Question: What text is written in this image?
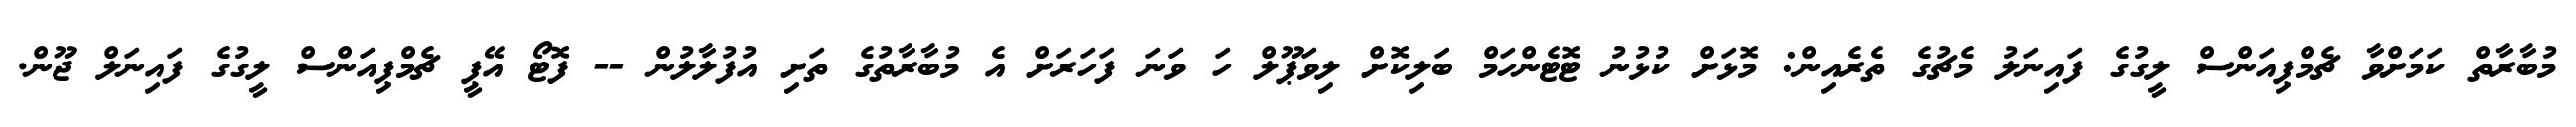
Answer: މުބާރާތް ކަމަށްވާ ޗެމްޕިއަންސް ލީގުގެ ފައިނަލު މެޗުގެ ތެރެއިން: މޮޅަށް ކުޅުނު ޓޮޓެންހަމް ބަލިކޮށް ލިވަޕޫލް ހަ ވަނަ ފަހަރަށް އެ މުބާރާތުގެ ތަށި އުފުލާލުން -- ފޮޓޯ އޭޕީ ޗެމްޕިއަންސް ލީގުގެ ފައިނަލް ޖޫން.